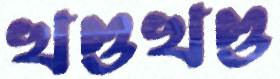
খণ্ডখণ্ড